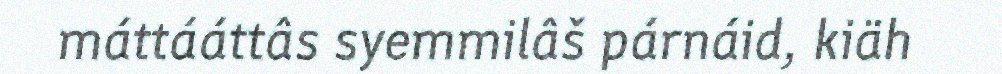
máttááttâs syemmilâš párnáid, kiäh